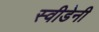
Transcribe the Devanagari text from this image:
स्वीडेनी